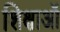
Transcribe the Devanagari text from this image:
शिक्षाऑ